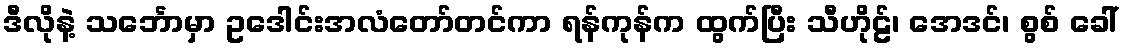
ဒီလိုနဲ့ သင်္ဘောမှာ ဥဒေါင်းအလံတော်တင်ကာ ရန်ကုန်က ထွက်ပြီး သီဟိုဠ်၊ အေဒင်၊ စွစ် ခေါ်